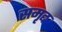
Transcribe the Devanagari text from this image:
समृद्द